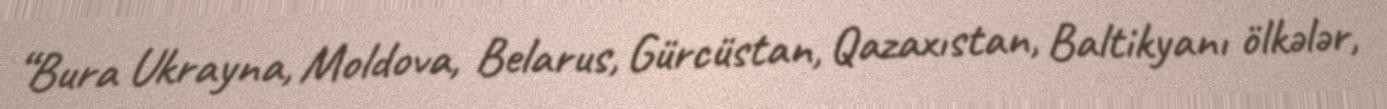
“Bura Ukrayna, Moldova, Belarus, Gürcüstan, Qazaxıstan, Baltikyanı ölkələr,